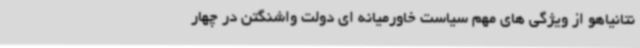
نتانیاهو از ویژگی های مهم سیاست خاورمیانه ای دولت واشنگتن در چهار